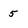
Character: 5